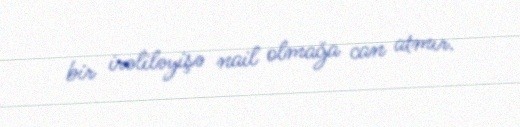
bir irəliləyişə nail olmağa can atmır.